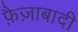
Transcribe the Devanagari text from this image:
फ़ैज़ाबादी